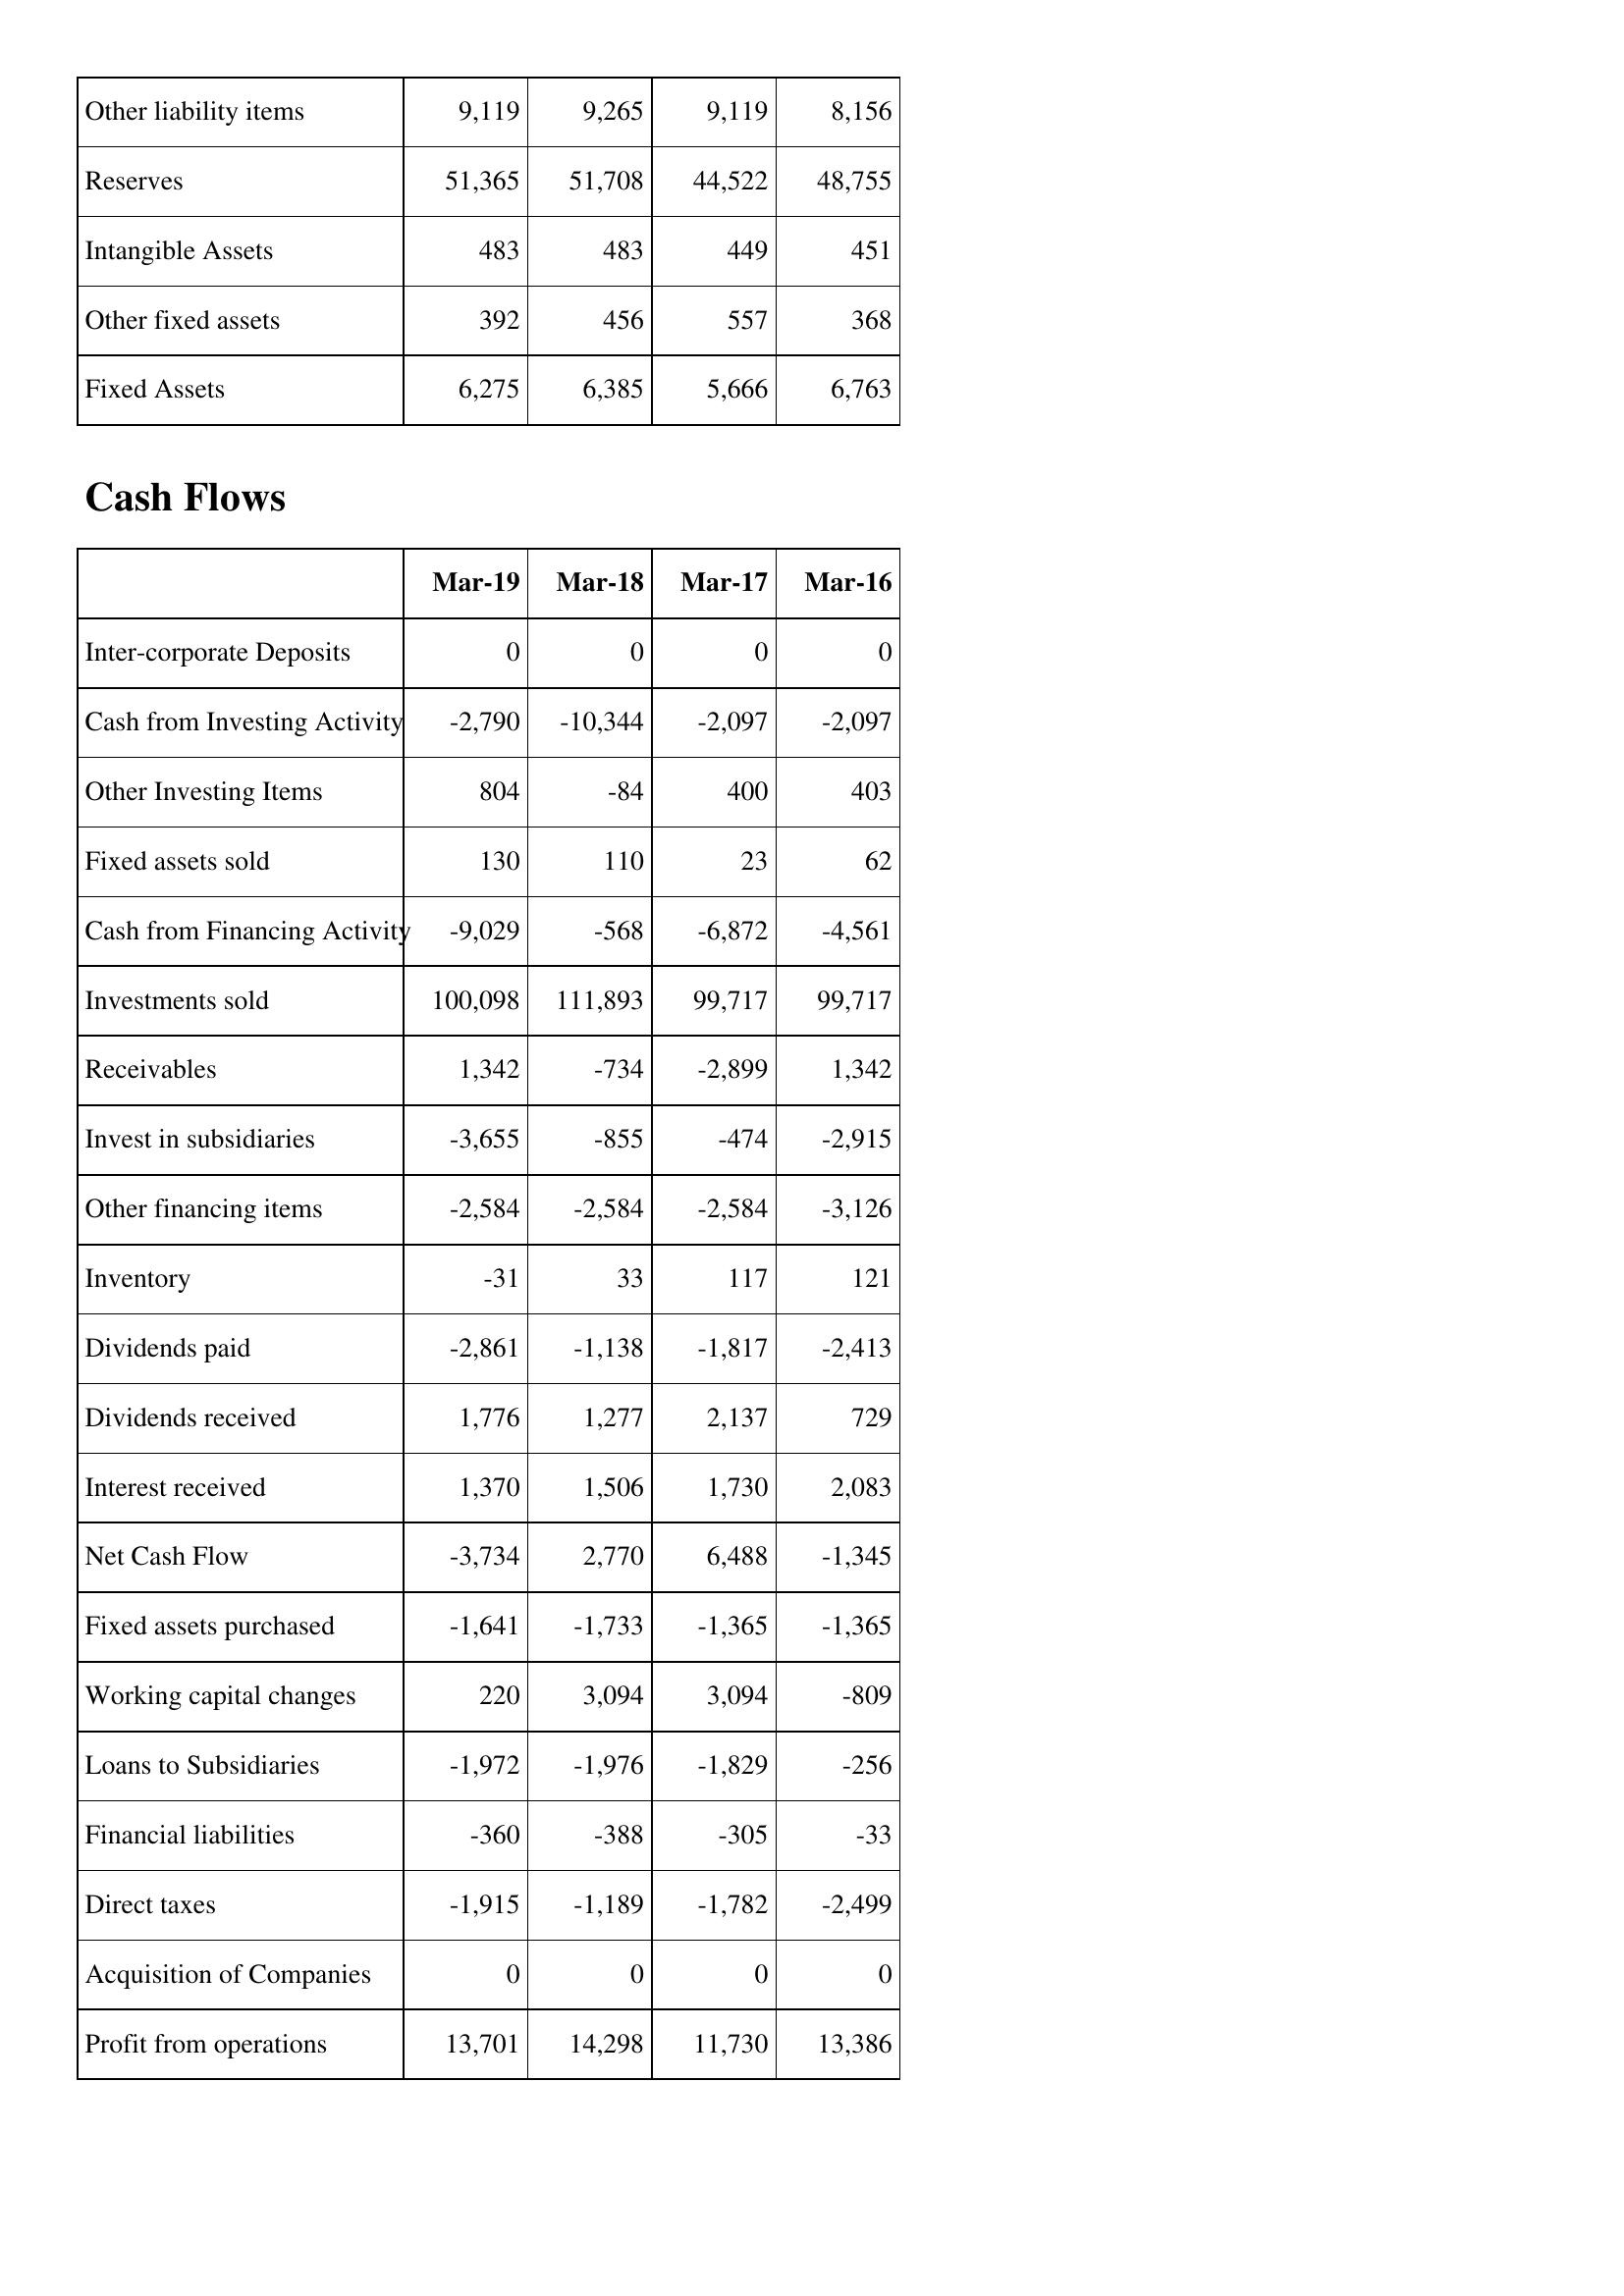
Mar-19: Balance Sheet: Other liability items: 9,119
Reserves: 51,365
Intangible Assets: 483
Other fixed assets: 392
Fixed Assets: 6,275
Cash Flows: Inter-corporate Deposits: 0
Cash from Investing Activity: -2,790
Other Investing Items: 804
Fixed assets sold: 130
Cash from Financing Activity: -9,029
Investments sold: 100,098
Receivables: 1,342
Invest in subsidiaries: -3,655
Other financing items: -2,584
Inventory: -31
Dividends paid: -2,861
Dividends received: 1,776
Interest received: 1,370
Net Cash Flow: -3,734
Fixed assets purchased: -1,641
Working capital changes: 220
Loans to Subsidiaries: -1,972
Financial liabilities: -360
Direct taxes: -1,915
Acquisition of Companies: 0
Profit from operations: 13,701
Mar-18: Balance Sheet: Other liability items: 9,265
Reserves: 51,708
Intangible Assets: 483
Other fixed assets: 456
Fixed Assets: 6,385
Cash Flows: Inter-corporate Deposits: 0
Cash from Investing Activity: -10,344
Other Investing Items: -84
Fixed assets sold: 110
Cash from Financing Activity: -568
Investments sold: 111,893
Receivables: -734
Invest in subsidiaries: -855
Other financing items: -2,584
Inventory: 33
Dividends paid: -1,138
Dividends received: 1,277
Interest received: 1,506
Net Cash Flow: 2,770
Fixed assets purchased: -1,733
Working capital changes: 3,094
Loans to Subsidiaries: -1,976
Financial liabilities: -388
Direct taxes: -1,189
Acquisition of Companies: 0
Profit from operations: 14,298
Mar-17: Balance Sheet: Other liability items: 9,119
Reserves: 44,522
Intangible Assets: 449
Other fixed assets: 557
Fixed Assets: 5,666
Cash Flows: Inter-corporate Deposits: 0
Cash from Investing Activity: -2,097
Other Investing Items: 400
Fixed assets sold: 23
Cash from Financing Activity: -6,872
Investments sold: 99,717
Receivables: -2,899
Invest in subsidiaries: -474
Other financing items: -2,584
Inventory: 117
Dividends paid: -1,817
Dividends received: 2,137
Interest received: 1,730
Net Cash Flow: 6,488
Fixed assets purchased: -1,365
Working capital changes: 3,094
Loans to Subsidiaries: -1,829
Financial liabilities: -305
Direct taxes: -1,782
Acquisition of Companies: 0
Profit from operations: 11,730
Mar-16: Balance Sheet: Other liability items: 8,156
Reserves: 48,755
Intangible Assets: 451
Other fixed assets: 368
Fixed Assets: 6,763
Cash Flows: Inter-corporate Deposits: 0
Cash from Investing Activity: -2,097
Other Investing Items: 403
Fixed assets sold: 62
Cash from Financing Activity: -4,561
Investments sold: 99,717
Receivables: 1,342
Invest in subsidiaries: -2,915
Other financing items: -3,126
Inventory: 121
Dividends paid: -2,413
Dividends received: 729
Interest received: 2,083
Net Cash Flow: -1,345
Fixed assets purchased: -1,365
Working capital changes: -809
Loans to Subsidiaries: -256
Financial liabilities: -33
Direct taxes: -2,499
Acquisition of Companies: 0
Profit from operations: 13,386